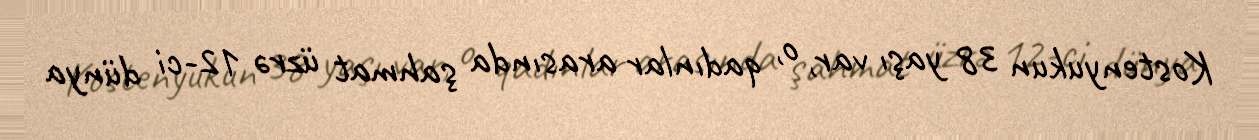
Kostenyukun 38 yaşı var, o, qadınlar arasında şahmat üzrə 12-ci dünya